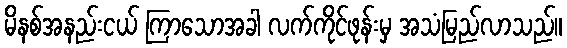
မိနစ်အနည်းငယ် ကြာသောအခါ လက်ကိုင်ဖုန်းမှ အသံမြည်လာသည်။